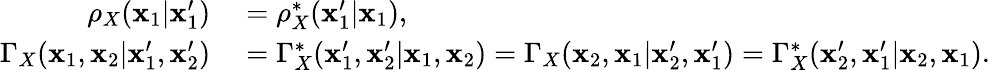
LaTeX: \begin{array}{rl}{\rho_{X}(\mathbf{x}_{1}|\mathbf{x}_{1}^{\prime})}&{{}=\rho_{X}^{*}(\mathbf{x}_{1}^{\prime}|\mathbf{x}_{1}),}\\ {\Gamma_{X}(\mathbf{x}_{1},\mathbf{x}_{2}|\mathbf{x}_{1}^{\prime},\mathbf{x}_{2}^{\prime})}&{{}=\Gamma_{X}^{*}(\mathbf{x}_{1}^{\prime},\mathbf{x}_{2}^{\prime}|\mathbf{x}_{1},\mathbf{x}_{2})=\Gamma_{X}(\mathbf{x}_{2},\mathbf{x}_{1}|\mathbf{x}_{2}^{\prime},\mathbf{x}_{1}^{\prime})=\Gamma_{X}^{*}(\mathbf{x}_{2}^{\prime},\mathbf{x}_{1}^{\prime}|\mathbf{x}_{2},\mathbf{x}_{1}).}\end{array}